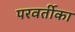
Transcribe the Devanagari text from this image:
परवर्तीका